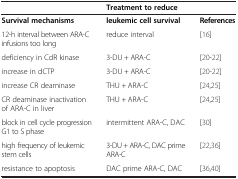
<table><thead><tr><td>[EMPTY_CELL]</td><td><b>Treatment to reduce</b></td><td>[EMPTY_CELL]</td></tr></thead><tbody><tr><td><b>Survival mechanisms</b></td><td><b>leukemic cell survival</b></td><td><b>References</b></td></tr><tr><td>12-h interval between ARA-C infusions too long</td><td>reduce interval</td><td>[16]</td></tr><tr><td>deficiency in CdR kinase</td><td>3-DU + ARA-C</td><td>[20-22]</td></tr><tr><td>increase in dCTP</td><td>3-DU + ARA-C</td><td>[20-22]</td></tr><tr><td>increase CR deaminase</td><td>THU + ARA-C</td><td>[24,25]</td></tr><tr><td>CR deaminase inactivation of ARA-C in liver</td><td>THU + ARA-C</td><td>[24,25]</td></tr><tr><td>block in cell cycle progression G1 to S phase</td><td>intermittent ARA-C, DAC</td><td>[30]</td></tr><tr><td>high frequency of leukemic stem cells</td><td>3-DU + ARA-C, DAC prime ARA-C</td><td>[22,36]</td></tr><tr><td>resistance to apoptosis</td><td>DAC prime ARA-C, DAC</td><td>[36,40]</td></tr></tbody></table>